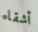
أشقاء